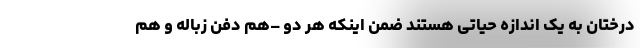
درختان به یک اندازه حیاتی هستند ضمن اینکه هر دو –هم دفن زباله و هم